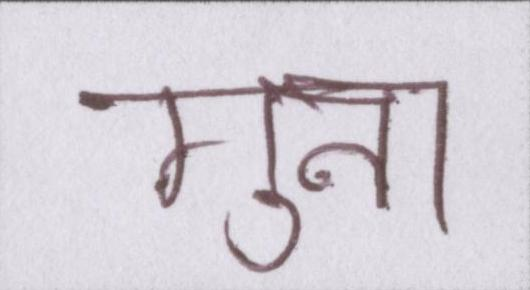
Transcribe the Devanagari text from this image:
गुना